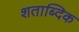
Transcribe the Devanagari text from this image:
शताब्दिक